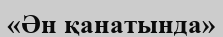
«Ән қанатында»